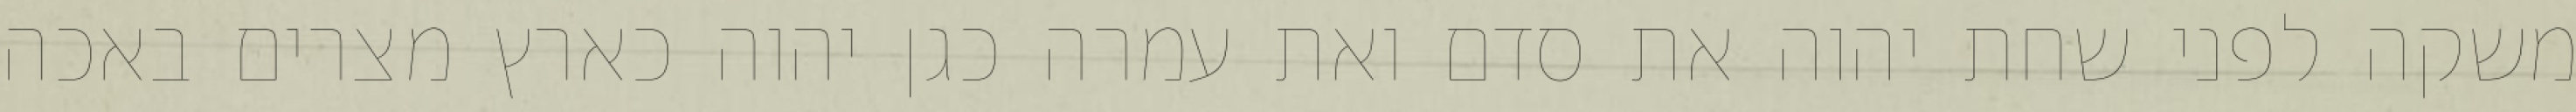
משקה לפני שחת יהוה את סדם ואת עמרה כגן יהוה כארץ מצרים באכה